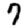
Digit: 7